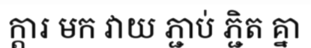
ក្តារ មក វាយ ភ្ជាប់ ភ្ជិត គ្នា